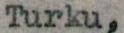
Turku,